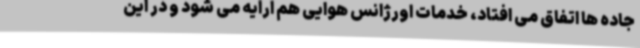
جاده ها اتفاق می افتاد، خدمات اورژانس هوایی هم ارایه می شود و در این